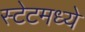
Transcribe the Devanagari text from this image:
स्टेटमध्ये